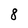
Character: 8